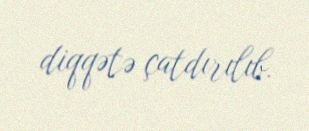
diqqətə çatdırılıb.